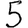
Digit: 5